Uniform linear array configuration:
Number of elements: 32
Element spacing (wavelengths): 1
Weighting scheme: uniform
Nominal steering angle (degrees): -15
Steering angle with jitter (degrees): -15.097
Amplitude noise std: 0.05
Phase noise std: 0.05

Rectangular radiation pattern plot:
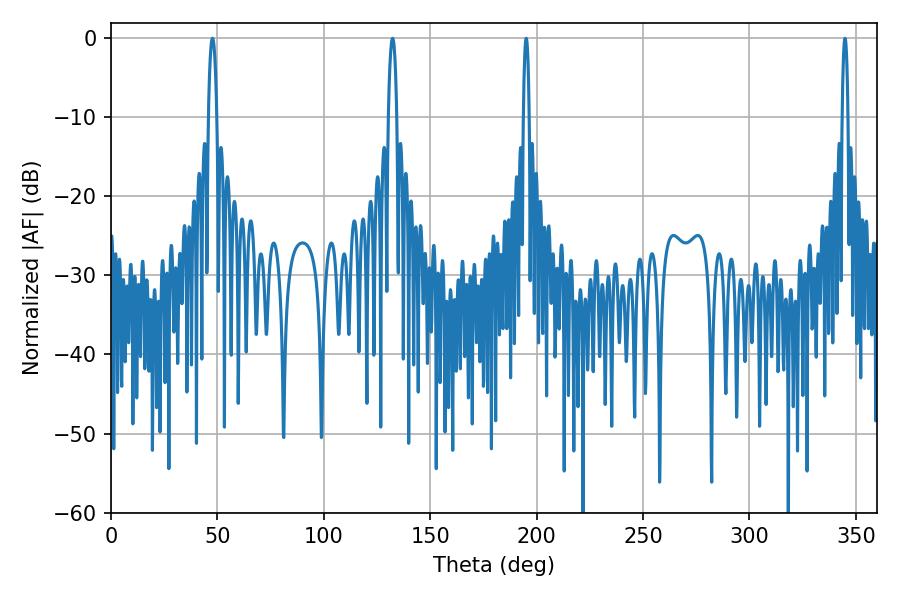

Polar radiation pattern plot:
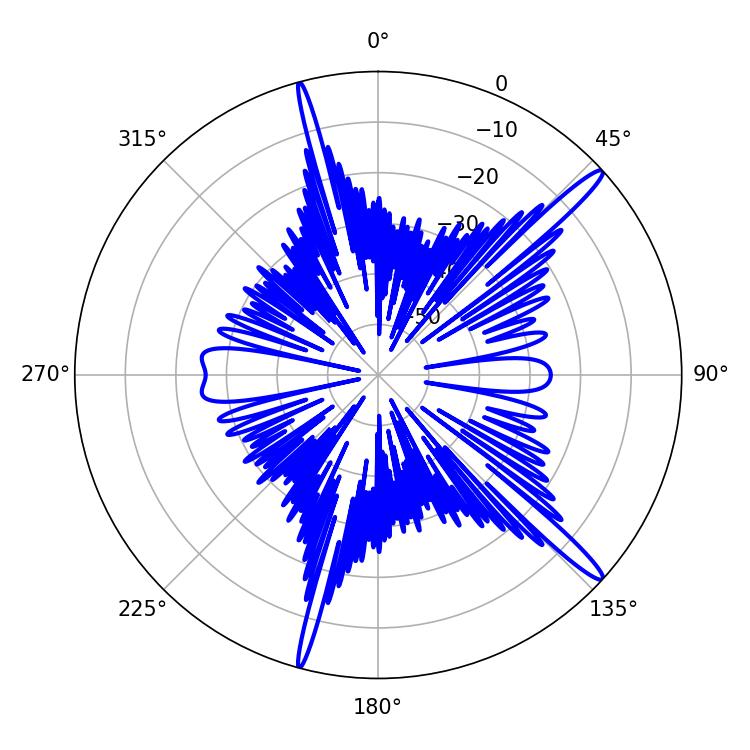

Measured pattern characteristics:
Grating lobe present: TRUE
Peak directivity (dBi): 15.942
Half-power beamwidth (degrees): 2.16
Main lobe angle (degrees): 47.7